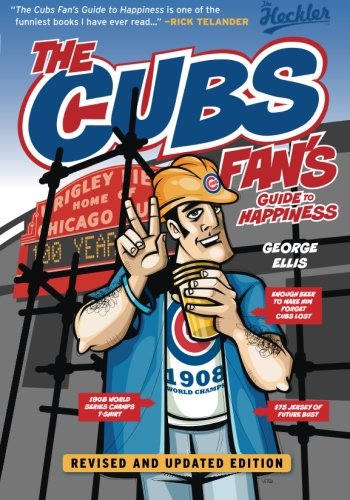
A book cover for The Cubs Fan's Guide to Happiness (The Heckler); George Ellis; Humor & Entertainment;